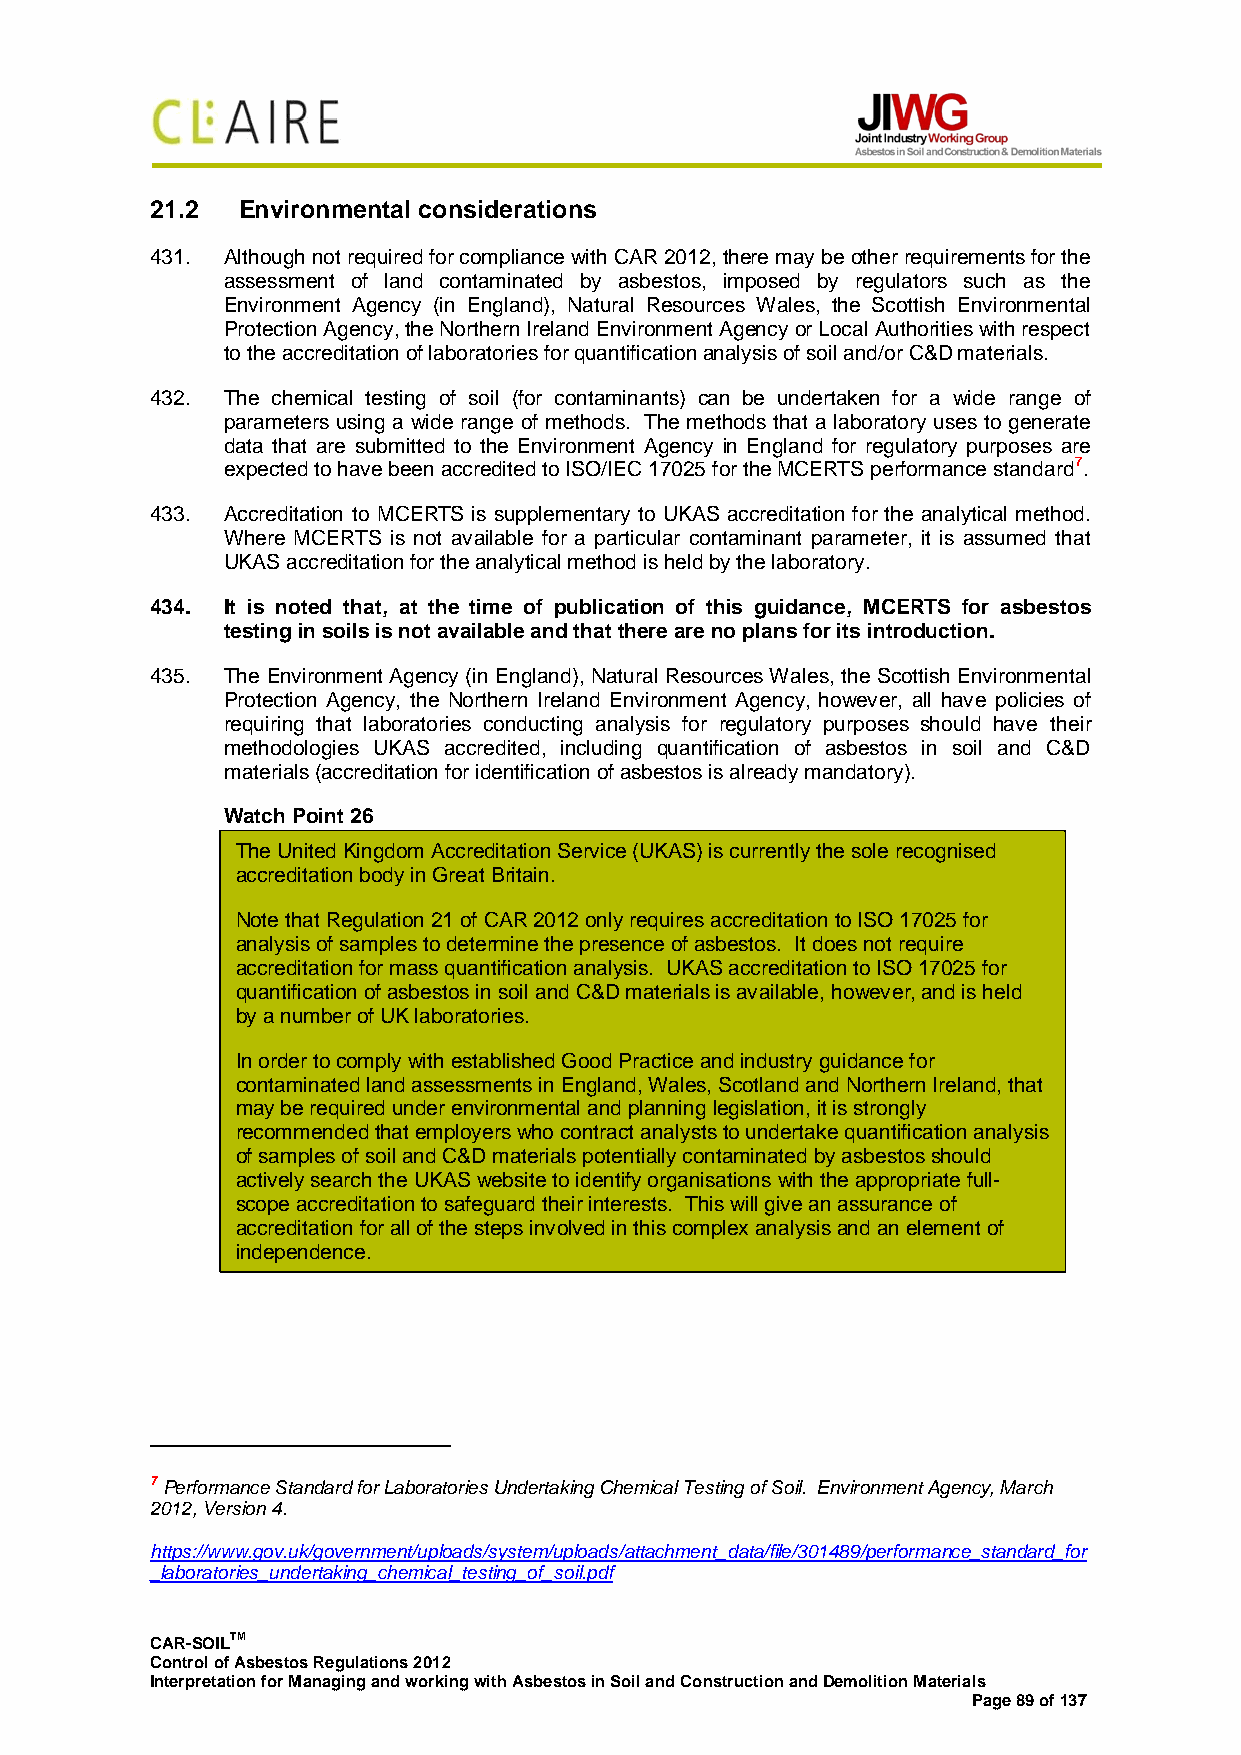
21.2  Environmental considerations
 431. Although not required for compliance with CAR 2012, there may be other requirements for the
 assessment of land contaminated by asbestos, imposed by regulators such as the
 Environment Agency (in England), Natural Resources Wales, the Scottish Environmental
 Protection Agency, the Northern Ireland Environment Agency or Local Authorities with respect
 to the accreditation of laboratories for quantification analysis of soil and/or C&D materials.
 432. The chemical testing of soil (for contaminants) can be undertaken for a wide range of
 parameters using a wide range of methods. The methods that a laboratory uses to generate
 data that are submitted to the Environment Agency in England for regulatory purposes are
 expected to have been accredited to ISO/IEC 17025 for the MCERTS performance standard7.
 433. Accreditation to MCERTS is supplementary to UKAS accreditation for the analytical method.
 Where MCERTS is not available for a particular contaminant parameter, it is assumed that
 UKAS accreditation for the analytical method is held by the laboratory.
 434. It is noted that, at the time of publication of this guidance, MCERTS for asbestos
 testing in soils is not available and that there are no plans for its introduction.
 435. The Environment Agency (in England), Natural Resources Wales, the Scottish Environmental
 Protection Agency, the Northern Ireland Environment Agency, however, all have policies of
 requiring that laboratories conducting analysis for regulatory purposes should have their
 methodologies UKAS accredited, including quantification of asbestos in soil and C&D
 materials (accreditation for identification of asbestos is already mandatory).
 Watch Point 26
 The United Kingdom Accreditation Service (UKAS) is currently the sole recognised
 accreditation body in Great Britain.
 Note that Regulation 21 of CAR 2012 only requires accreditation to ISO 17025 for
 analysis of samples to determine the presence of asbestos. It does not require
 accreditation for mass quantification analysis. UKAS accreditation to ISO 17025 for
 quantification of asbestos in soil and C&D materials is available, however, and is held
 by a number of UK laboratories.
 In order to comply with established Good Practice and industry guidance for
 contaminated land assessments in England, Wales, Scotland and Northern Ireland, that
 may be required under environmental and planning legislation, it is strongly
 recommended that employers who contract analysts to undertake quantification analysis
 of samples of soil and C&D materials potentially contaminated by asbestos should
 actively search the UKAS website to identify organisations with the appropriate full-
 scope accreditation to safeguard their interests. This will give an assurance of
 accreditation for all of the steps involved in this complex analysis and an element of
 independence.
 7 Performance Standard for Laboratories Undertaking Chemical Testing of Soil. Environment Agency, March
 2012, Version 4.
 https://www.gov.uk/government/uploads/system/uploads/attachment_data/file/301489/performance_standard_for
 _laboratories_undertaking_chemical_testing_of_soil.pdf
 CAR-SOILTM
 Control of Asbestos Regulations 2012
 Interpretation for Managing and working with Asbestos in Soil and Construction and Demolition Materials
 Page 89 of 137